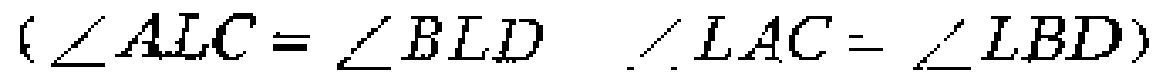
$(\angle ALC = \angle BLD\ \ \angle LAC = \angle LBD)$